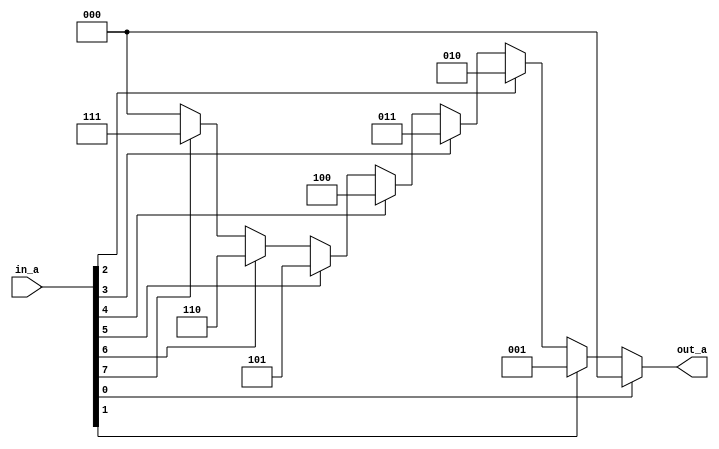
// This program was cloned from: https://github.com/iCAS-Lab/APTPU
// License: MIT License

// MIT License
// 
// Copyright (c) 2021-2024 iCAS Lab
// 
// Permission is hereby granted, free of charge, to any person obtaining a copy
// of this software and associated documentation files (the "Software"), to deal
// in the Software without restriction, including without limitation the rights
// to use, copy, modify, merge, publish, distribute, sublicense, and/or sell
// copies of the Software, and to permit persons to whom the Software is
// furnished to do so, subject to the following conditions:
// 
// The above copyright notice and this permission notice shall be included in all
// copies or substantial portions of the Software.
// 
// THE SOFTWARE IS PROVIDED "AS IS", WITHOUT WARRANTY OF ANY KIND, EXPRESS OR
// IMPLIED, INCLUDING BUT NOT LIMITED TO THE WARRANTIES OF MERCHANTABILITY,
// FITNESS FOR A PARTICULAR PURPOSE AND NONINFRINGEMENT. IN NO EVENT SHALL THE
// AUTHORS OR COPYRIGHT HOLDERS BE LIABLE FOR ANY CLAIM, DAMAGES OR OTHER
// LIABILITY, WHETHER IN AN ACTION OF CONTRACT, TORT OR OTHERWISE, ARISING FROM,
// OUT OF OR IN CONNECTION WITH THE SOFTWARE OR THE USE OR OTHER DEALINGS IN THE
// SOFTWARE.

// Company: iCAS Lab, University of South Carolina
// Design Name: 
// Module Name: P_Encoder
// Project Name: 
// Target Devices: 
// Tool Versions: 
// Description: 
// 
// Dependencies: 
// 
// Revision:
// Revision 0.01 - File Created
// Additional Comments:
// 
//////////////////////////////////////////////////////////////////////////////////


`timescale 1ns / 1ps

`define GEN 
module P_Encoder #(
       parameter BW = 8
    )             (
    `ifdef GEN
        input [BW-1:0] in_a,
        output reg [$clog2(BW)-1:0] out_a  
     `else 
        input [7:0] in_a,
        output reg [2:0] out_a
     `endif 
    );
    
   `ifdef GEN
        integer k;
        
        always @(*) begin 
            out_a = 0; 
            for (k=BW-1; k>=0; k=k-1) begin 
                if (in_a[k]) 
                    out_a = k[$clog2(BW)-1:0];
            end 
        end
    `else 
        always @(*) begin 
            case (in_a)                     // synopsys full_case parallel_case 
                8'b0000_0001: out_a = 3'h0;
                8'b0000_0010: out_a = 3'h1; 
                8'b0000_0100: out_a = 3'h2;
                8'b0000_1000: out_a = 3'h3;
                8'b0001_0000: out_a = 3'h4;
                8'b0010_0000: out_a = 3'h5; 
                8'b0100_0000: out_a = 3'h6; 
                8'b1000_0000: out_a = 3'h7;
                //default: out_a =3'h0;
            endcase 
        end
    `endif
     
endmodule